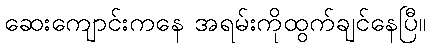
ဆေးကျောင်းကနေ အရမ်းကိုထွက်ချင်နေပြီ။